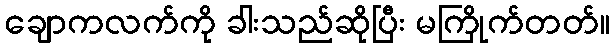
ချောကလက်ကို ခါးသည်ဆိုပြီး မကြိုက်တတ်။